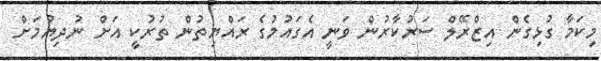
މިކަމާ ގުޅިގެން އިޒްރޭލް ސަރުކާރުން ވަނީ އެގައުމުގެ ރައްޔިތުން ތުރުކީ އަށް ނުދިޔުމަށް